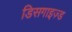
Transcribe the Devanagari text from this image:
डिसगाइज़्ड